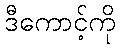
ဒီကောင့်ကို